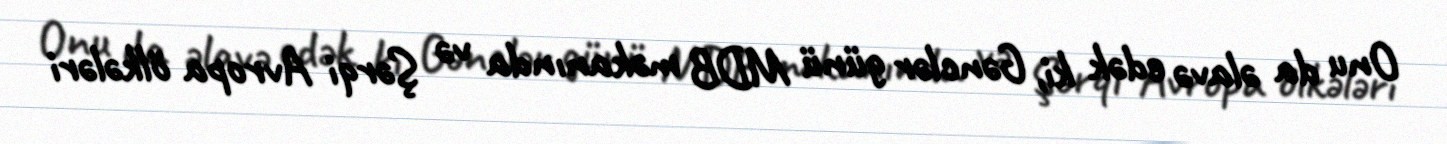
Onu da əlavə edək ki, Gənclər günü MDB məkanında və Şərqi Avropa ölkələri